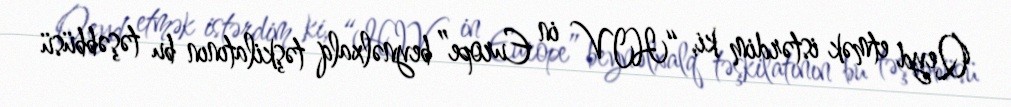
Qeyd etmək istərdim ki, “HIV in Europe” beynəlxalq təşkilatının bu təşəbbüsü